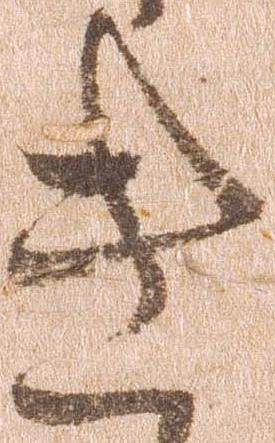
き